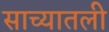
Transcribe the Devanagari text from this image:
साच्यातली